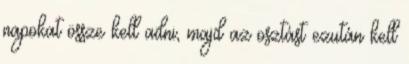
napokat össze kell adni, majd az osztást ezután kell